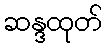
ဆန္ဒထုတ်